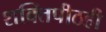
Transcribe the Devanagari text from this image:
शक्तिपीठही